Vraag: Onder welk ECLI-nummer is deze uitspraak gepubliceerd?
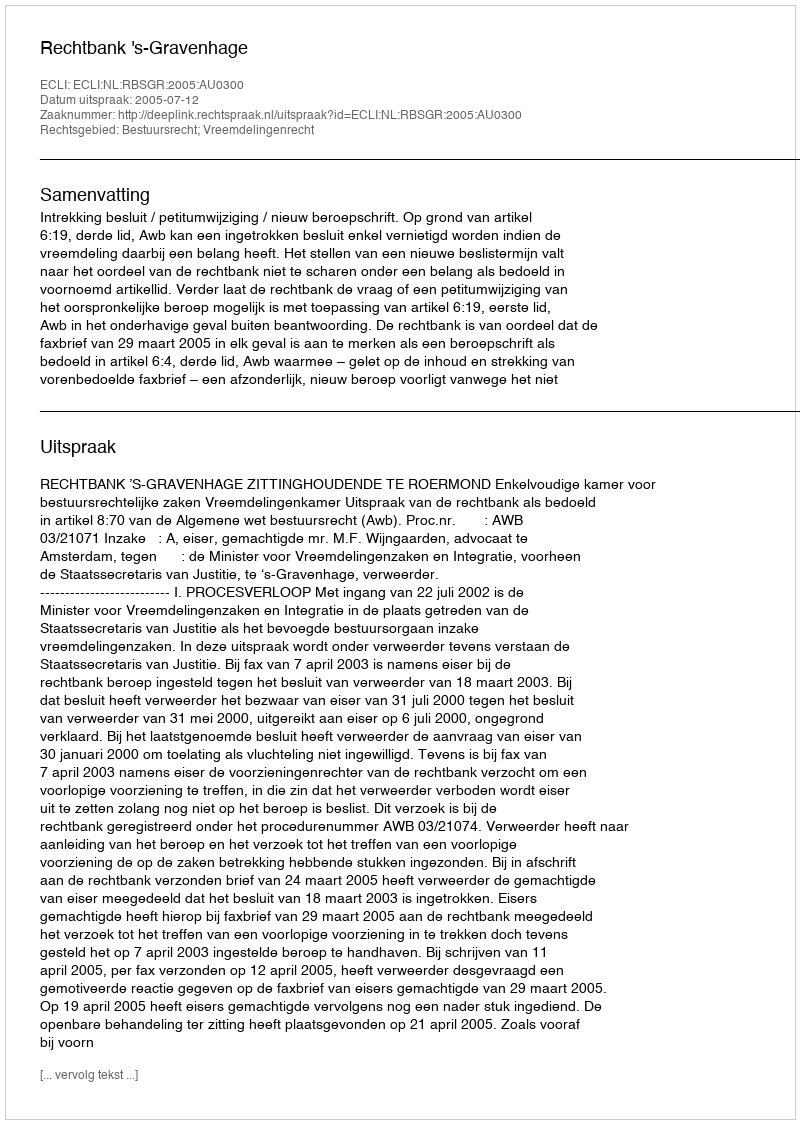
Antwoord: ECLI:NL:RBSGR:2005:AU0300